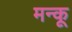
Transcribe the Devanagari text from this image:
मन्कू